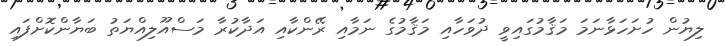
ލިޔުން ހުށަހަޅާނަމަ މަޤާމުގައިވީ ދުވަހާއި މަޤާމުގެ ނަމާއި ރޭންކާއި އަދާކުރާ މަސްއޫލިއްޔަތު ބަޔާންކޮށްފައި